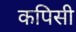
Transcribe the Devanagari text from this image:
कपिसी